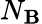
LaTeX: N_{\mathbf{B}}